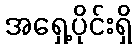
အရှေ့ပိုင်းရှိ